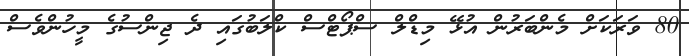
80 ވަރަކަށް މެންބަރުން އުޅޭ މިޑްލް ސްޕޯޓްސް ކްލަބުގައި ދެ ޖިންސުގެ މީހުންވެސް